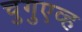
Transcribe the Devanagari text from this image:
चुगुएव्ह